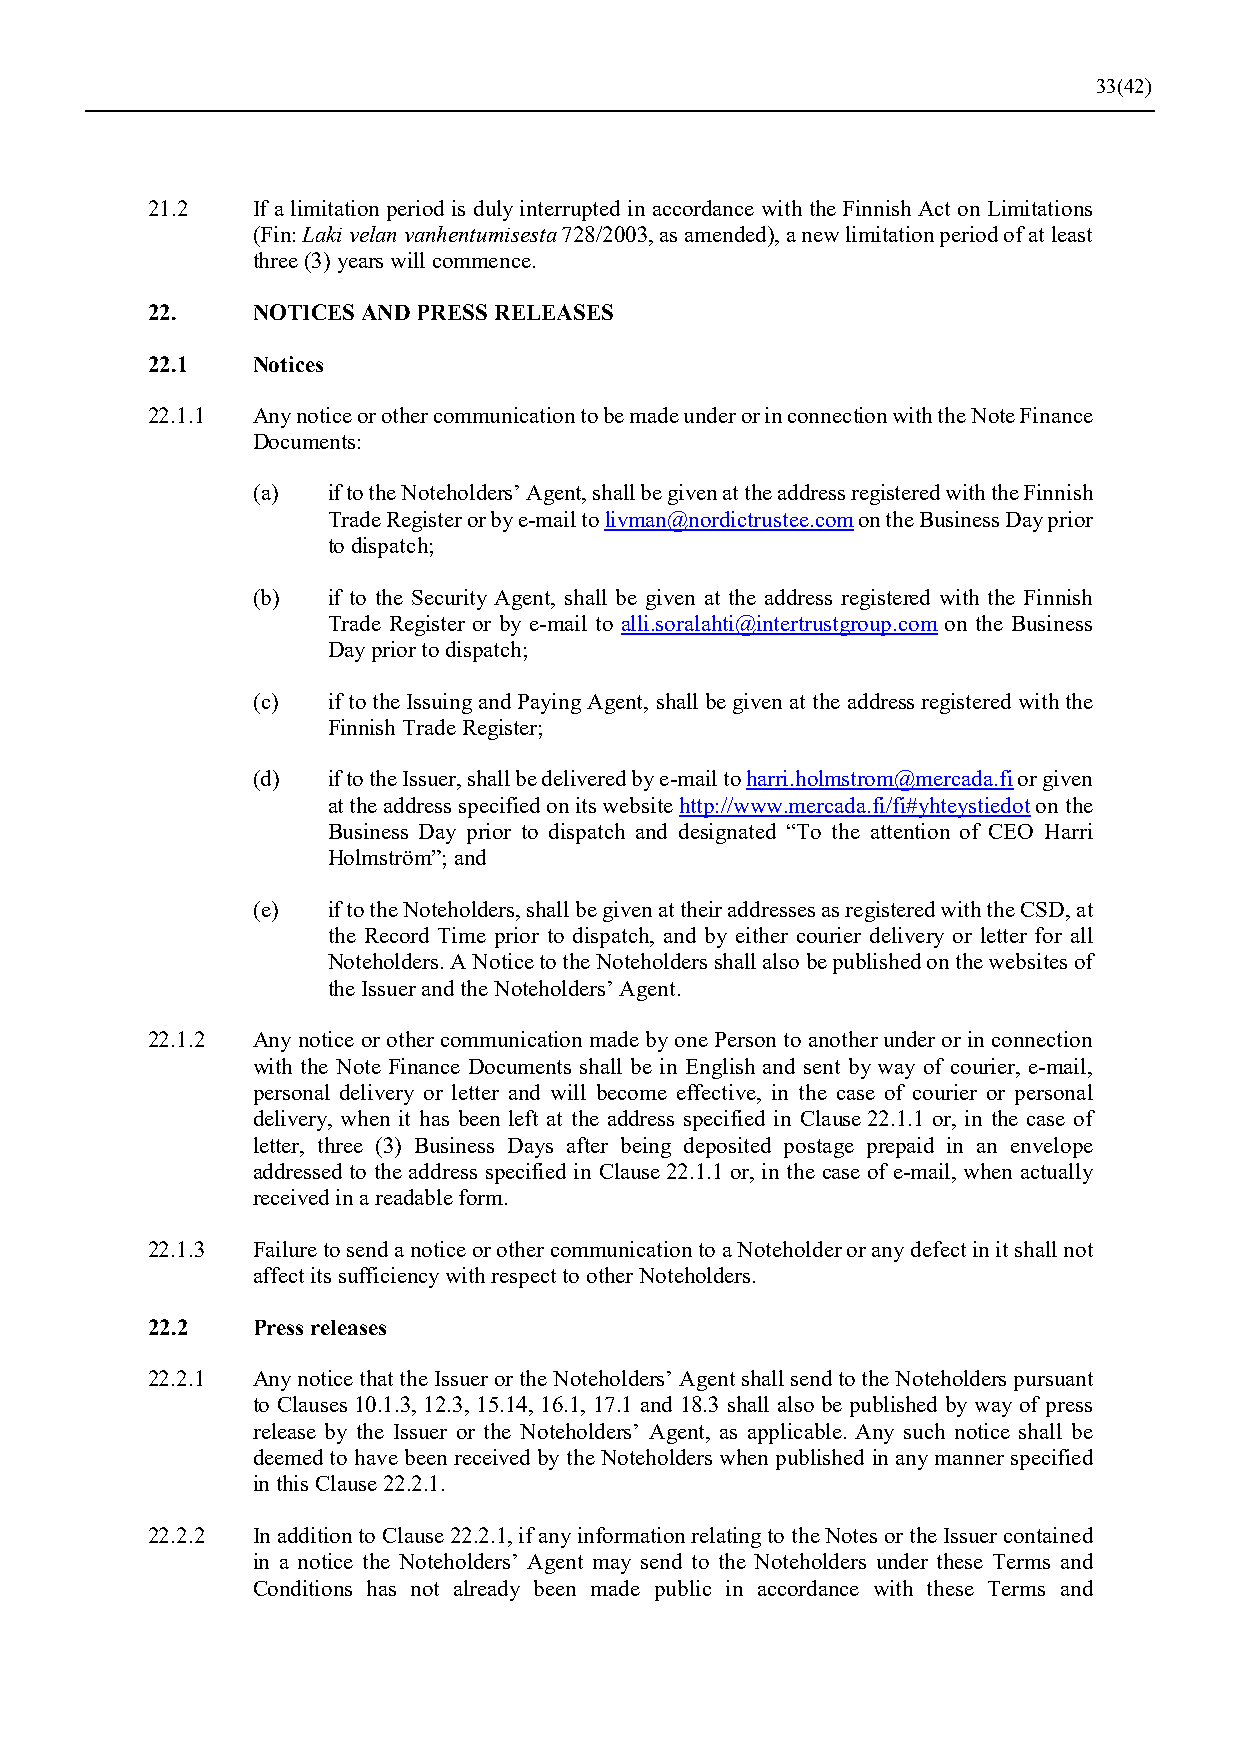
33(42)
 21.2   If a limitation period is duly interrupted in accordance with the Finnish Act on Limitations
 (Fin: Laki velan vanhentumisesta 728/2003, as amended), a new limitation period of at least
 three (3) years will commence.
 22.    NOTICES AND PRESS RELEASES
 22.1   Notices
 22.1.1 Any notice or other communication to be made under or in connection with the Note Finance
 Documents:
 (a)  if to the Noteholders’ Agent, shall be given at the address registered with the Finnish
 Trade Register or by e-mail to livman@nordictrustee.com on the Business Day prior
 to dispatch;
 (b)  if to the Security Agent, shall be given at the address registered with the Finnish
 Trade Register or by e-mail to alli.soralahti@intertrustgroup.com on the Business
 Day prior to dispatch;
 (c)  if to the Issuing and Paying Agent, shall be given at the address registered with the
 Finnish Trade Register;
 (d)  if to the Issuer, shall be delivered by e-mail to harri.holmstrom@mercada.fi or given
 at the address specified on its website http://www.mercada.fi/fi#yhteystiedot on the
 Business Day prior to dispatch and designated “To the attention of CEO Harri
 Holmström”; and
 (e)  if to the Noteholders, shall be given at their addresses as registered with the CSD, at
 the Record Time prior to dispatch, and by either courier delivery or letter for all
 Noteholders. A Notice to the Noteholders shall also be published on the websites of
 the Issuer and the Noteholders’ Agent.
 22.1.2 Any notice or other communication made by one Person to another under or in connection
 with the Note Finance Documents shall be in English and sent by way of courier, e-mail,
 personal delivery or letter and will become effective, in the case of courier or personal
 delivery, when it has been left at the address specified in Clause 22.1.1 or, in the case of
 letter, three (3) Business Days after being deposited postage prepaid in an envelope
 addressed to the address specified in Clause 22.1.1 or, in the case of e-mail, when actually
 received in a readable form.
 22.1.3 Failure to send a notice or other communication to a Noteholder or any defect in it shall not
 affect its sufficiency with respect to other Noteholders.
 22.2   Press releases
 22.2.1 Any notice that the Issuer or the Noteholders’ Agent shall send to the Noteholders pursuant
 to Clauses 10.1.3, 12.3, 15.14, 16.1, 17.1 and 18.3 shall also be published by way of press
 release by the Issuer or the Noteholders’ Agent, as applicable. Any such notice shall be
 deemed to have been received by the Noteholders when published in any manner specified
 in this Clause 22.2.1.
 22.2.2 In addition to Clause 22.2.1, if any information relating to the Notes or the Issuer contained
 in a notice the Noteholders’ Agent may send to the Noteholders under these Terms and
 Conditions has not already been made public in accordance with these Terms and